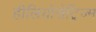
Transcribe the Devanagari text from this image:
हीलियोसेंट्रिज्म